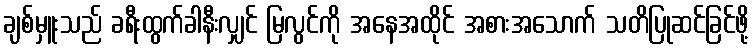
ချစ်မှူးသည် ခရီးထွက်ခါနီးလျှင် မြလွင်ကို အနေအထိုင် အစားအသောက် သတိပြုဆင်ခြင်ဖို့